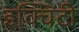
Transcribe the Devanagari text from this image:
इक्‍विटी